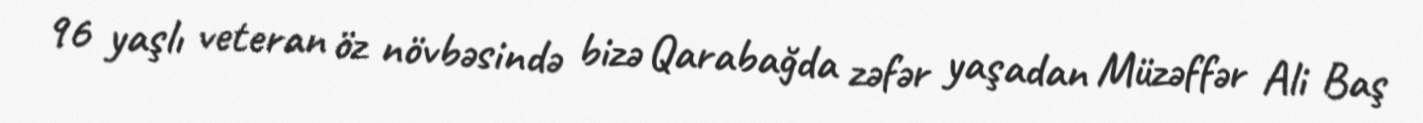
96 yaşlı veteran öz növbəsində bizə Qarabağda zəfər yaşadan Müzəffər Ali Baş